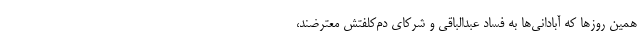
همین روزها که آبادانی‌ها به فساد عبدالباقی و شرکای دم‌کلفتش معترضند،